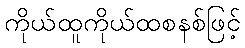
ကိုယ်ထူကိုယ်ထစနစ်ဖြင့်